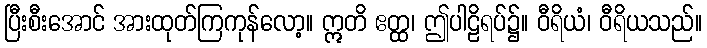
ပြီးစီးအောင် အားထုတ်ကြကုန်လော့။ ဣတိ ဧတ္ထ၊ ဤပါဠိရပ်၌။ ဝီရိယံ၊ ဝီရိယသည်။